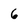
Character: 6